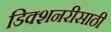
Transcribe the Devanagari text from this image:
डिक्शनरीसाठी